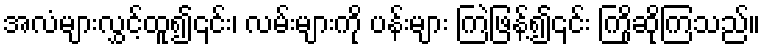
အလံများလွှင့်ထူ၍၎င်း၊ လမ်းများကို ပန်းများ ကြဲဖြန့်၍၎င်း ကြိုဆိုကြသည်။